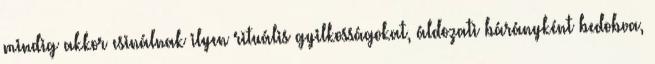
mindig akkor csinálnak ilyen rituális gyilkosságokat, áldozati bárányként bedobva,